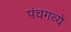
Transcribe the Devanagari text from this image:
पंचगव्ये